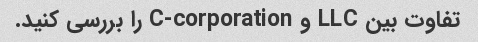
تفاوت بین LLC و C-corporation را بررسی کنید.